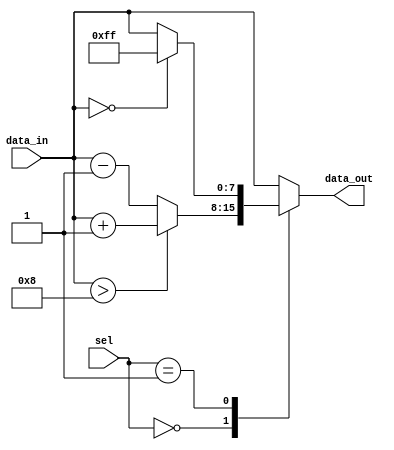
module case_if_else(
    input [1:0] sel,
    input [7:0] data_in,
    output reg [7:0] data_out
);

always @(*) begin
    case(sel)
        2'b00: begin // If sel = 00
            if(data_in > 8) begin
                data_out = data_in + 1;
            end else begin
                data_out = data_in - 1;
            end
        end
        
        2'b01: begin // If sel = 01
            if(data_in == 0) begin
                data_out = 255;
            end else begin
                data_out = data_in;
            end
        end
        
        default: begin // If sel is neither 00 nor 01
            data_out = data_in;
        end
    endcase
end

endmodule